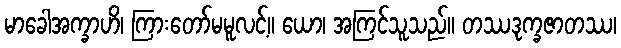
မာခေါအက္ခာဟိ၊ ကြားတော်မမူလင့်။ ယော၊ အကြင်သူသည်။ တဿဒုက္ခဇာတဿ၊